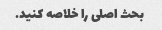
بحث اصلی را خلاصه کنید.